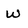
Character: w